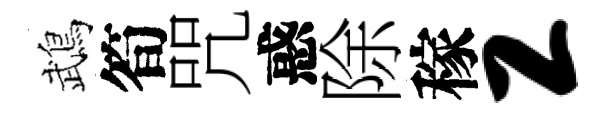
鵡筍咒惑除稼工